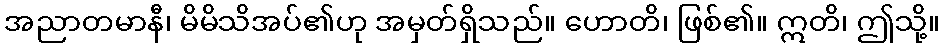
အညာတမာနီ၊ မိမိသိအပ်၏ဟု အမှတ်ရှိသည်။ ဟောတိ၊ ဖြစ်၏။ ဣတိ၊ ဤသို့။